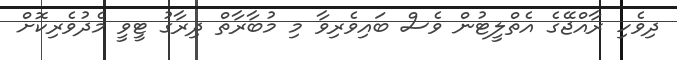
ދިވެހި ރާއްޖޭގެ އެތްލީޓުން ވެސް ބައިވެރިވާ މި މުބާރާތް ދިރާގު ޓީވީ މެދުވެރިކޮށް